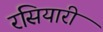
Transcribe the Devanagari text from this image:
रसियारी